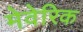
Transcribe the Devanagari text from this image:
मेवेरिक